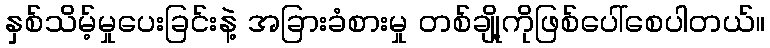
နှစ်သိမ့်မှုပေးခြင်းနဲ့ အခြားခံစားမှု တစ်ချို့ကိုဖြစ်ပေါ်စေပါတယ်။